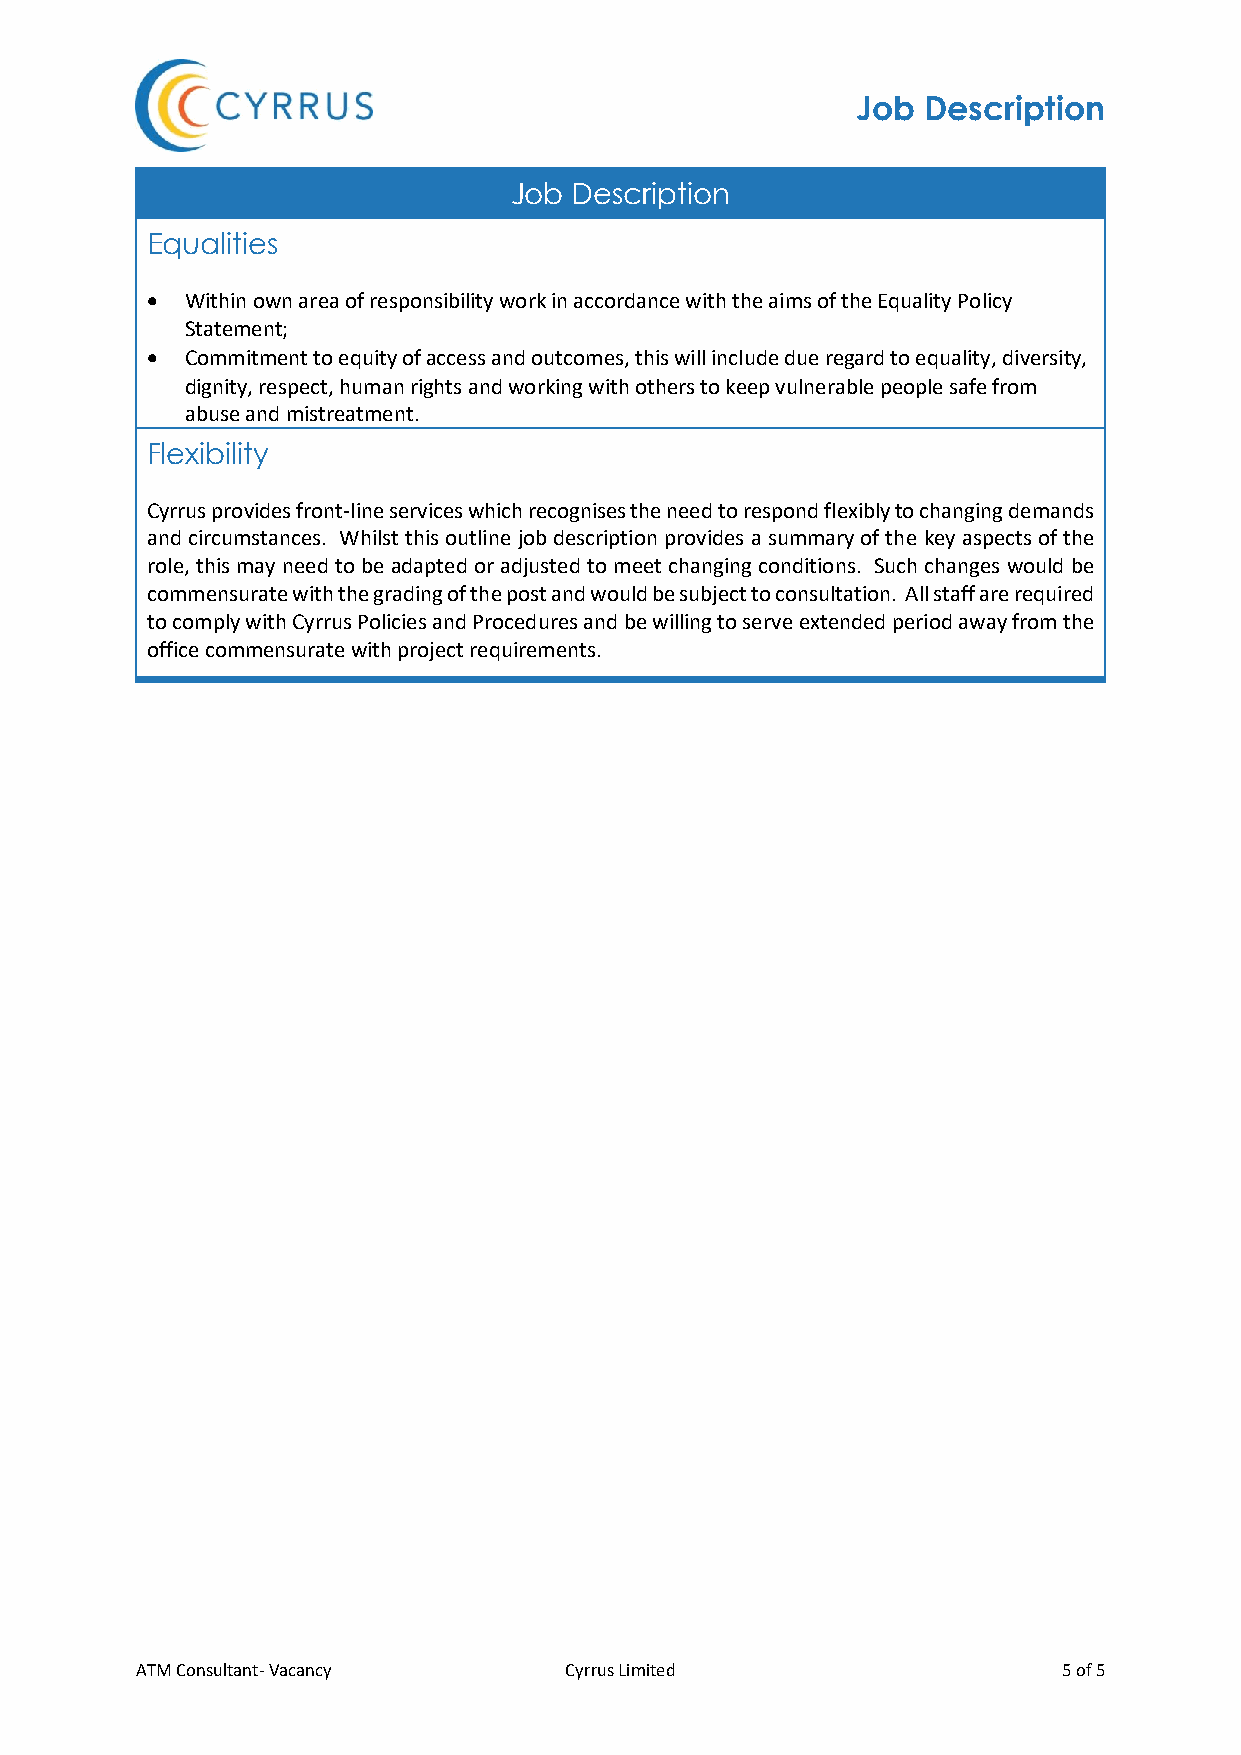
Job Description
 Job Description
 Equalities
 • Within own area of responsibility work in accordance with the aims of the Equality Policy
 Statement;
 • Commitment to equity of access and outcomes, this will include due regard to equality, diversity,
 dignity, respect, human rights and working with others to keep vulnerable people safe from
 abuse and mistreatment.
 Flexibility
 Cyrrus provides front-line services which recognises the need to respond flexibly to changing demands
 and circumstances. Whilst this outline job description provides a summary of the key aspects of the
 role, this may need to be adapted or adjusted to meet changing conditions. Such changes would be
 commensurate with the grading of the post and would be subject to consultation. All staff are required
 to comply with Cyrrus Policies and Procedures and be willing to serve extended period away from the
 office commensurate with project requirements.
 ATM Consultant- Vacancy     Cyrrus Limited                   5 of 5